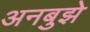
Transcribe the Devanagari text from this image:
अनबुझे